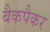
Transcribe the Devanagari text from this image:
बैकपैकर